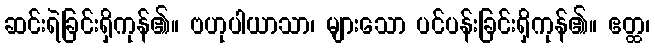
ဆင်းရဲခြင်းရှိကုန်၏။ ဗဟုပါယာသာ၊ များသော ပင်ပန်းခြင်းရှိကုန်၏။ ဧတ္ထ၊